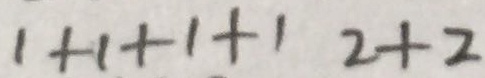
1 + 1 + 1 + 1 2 + 2